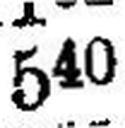
540